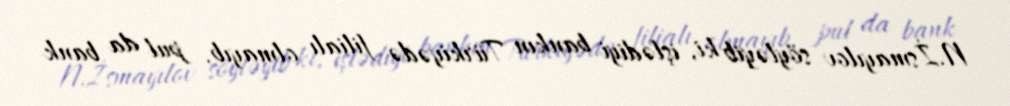
N.İsmayılov söyləyib ki, işlədiyi bankın Türkiyədə filialı olmayıb, pul da bank